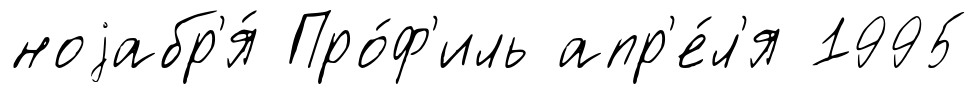
ноjабр'я́ Про́ф'иль апр'е́л'я 1995